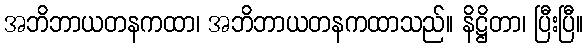
အဘိဘာယတနကထာ၊ အဘိဘာယတနကထာသည်။ နိဋ္ဌိတာ၊ ပြီးပြီ။